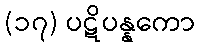
(၁၇) ပဋိပန္နကော